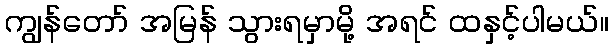
ကျွန်တော် အမြန် သွားရမှာမို့ အရင် ထနှင့်ပါမယ်။